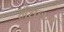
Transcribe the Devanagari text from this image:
गूँधकर